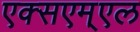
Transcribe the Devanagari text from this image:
एक्सएम्एल